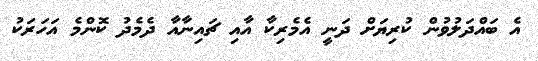
އެ ބައްދަލުވުން ކުރިޔަށް ދަނީ އެމެރިކާ އާއި ޗައިނާއާ ދެމެދު ކޮންމެ އަހަރަކު